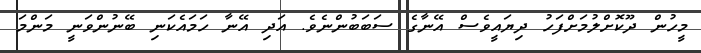
މީހުން ދޫކޮށްލުމަށްފަހު ދިޔައީވެސް އޭނާގެ ސަބަބުންނެވެ. އަދި އޭނާ ހަމައެކަނި ބޭނުންވަނީ މަންމަ